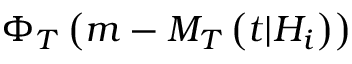
\Phi _ { T } \left( m - M _ { T } \left( t \vert { \cal H } _ { i } \right) \right)